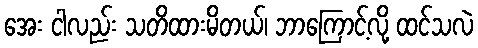
အေး ငါလည်း သတိထားမိတယ်၊ ဘာကြောင့်လို့ ထင်သလဲ